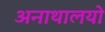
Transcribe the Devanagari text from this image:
अनाथालयो